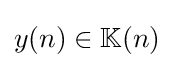
{\textstyle y(n)\in \mathbb {K} (n)}